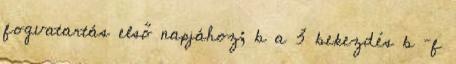
fogvatartás első napjához; b a 3 bekezdés b –f